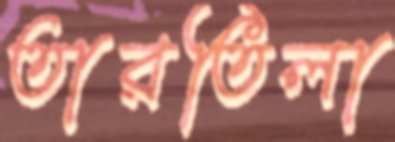
তারতিলা